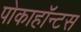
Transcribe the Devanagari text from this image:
पोकाहॉन्टस